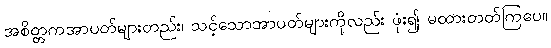
အစိတ္တကအာပတ်များတည်း၊ သင့်သောအာပတ်များကိုလည်း ဖုံး၍ မထားတတ်ကြပေ။